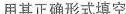
用其正确形式填空